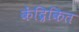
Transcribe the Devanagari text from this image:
केंद्रिकित